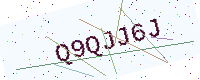
Text: Q9QJJ6J